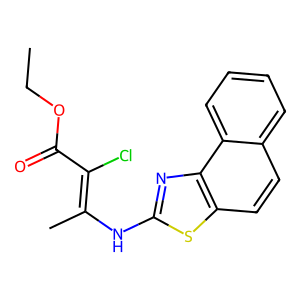
SMILES: CCOC(=O)C(Cl)=C(C)Nc1nc2c(ccc3ccccc32)s1
Inhibits HIV replication: No